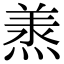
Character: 𭵠